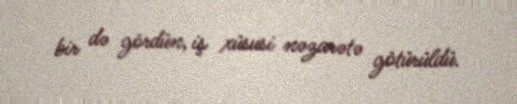
bir də gördün, iş xüsusi nəzarətə götürüldü.